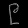
Digit: ၉